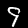
Digit: 9